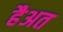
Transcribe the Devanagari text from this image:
हैअत